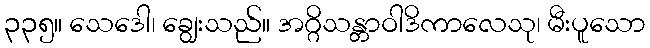
၃၃၅။ သေဒေါ၊ ချွေးသည်။ အဂ္ဂိသန္တာဝါဒိကာလေသု၊ မီးပူသော